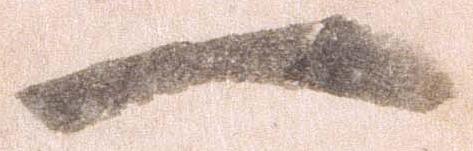
一